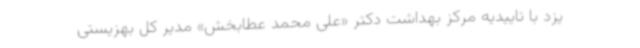
یزد با تاییدیه مرکز بهداشت دکتر «علی محمد عطابخش» مدیر کل بهزیستی